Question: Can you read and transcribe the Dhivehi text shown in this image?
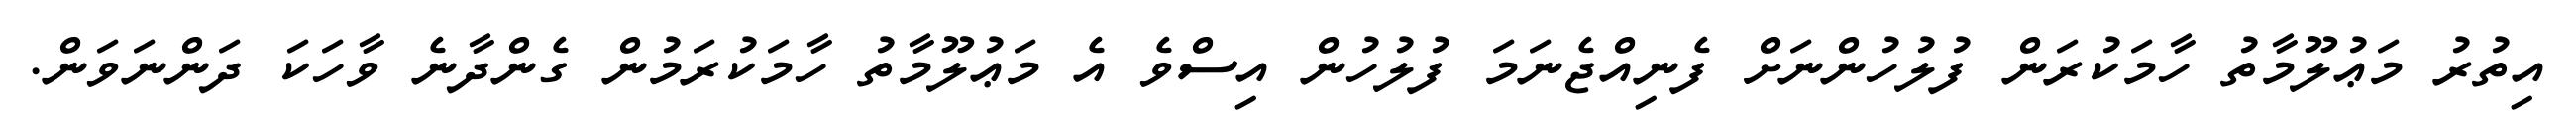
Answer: އިތުރު މަޢުލޫމާތު ހާމަކުރަން ފުލުހުންނަށް ފެނިއްޖެނަމަ ފުލުހުން އިސްވެ އެ މަޢުލޫމާތު ހާމަކުރަމުން ގެންދާނެ ވާހަކަ ދަންނަވަން.